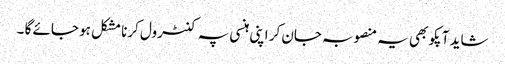
شاید آپکو بھی یہ منصوبہ جان کر اپنی ہنسی پہ کنٹرول کرنا مشکل ہو جائے گا ۔